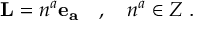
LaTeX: { \bf L } = n ^ { a } { \bf e _ { a } } \quad , \quad n ^ { a } \in Z \ .